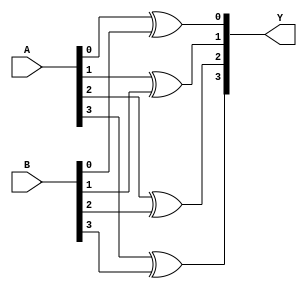
`timescale 1ns / 1ps
//////////////////////////////////////////////////////////////////////////////////
// Company: 
// Engineer: 
// 
// Design Name: 
// Module Name: AND
// Project Name: 
// Target Devices: 
// Tool Versions: 
// Description: 
// 
// Dependencies: 
// 
// Revision:
// Revision 0.01 - File Created
// Additional Comments:
// 
//////////////////////////////////////////////////////////////////////////////////


module XOR(input [3:0] A,B, output [3:0] Y);

xor g1(Y[0], A[0], B[0]);
xor g2(Y[1], A[1], B[1]);
xor g3(Y[2], A[2], B[2]);
xor g4(Y[3], A[3], B[3]);

endmodule

module XOR_test();
reg [3:0] A,B;
wire [3:0] Y;
integer i;

XOR uut(A,B,Y);
initial begin
for(i = 0; i<16; i = i+1)
begin
A = $urandom;
B = $urandom;
#10;
end
end
endmodule